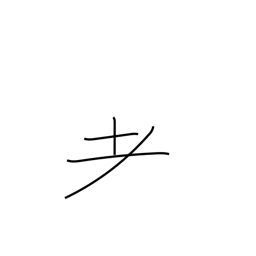
Meaning: variant of radical 125